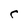
Character: r